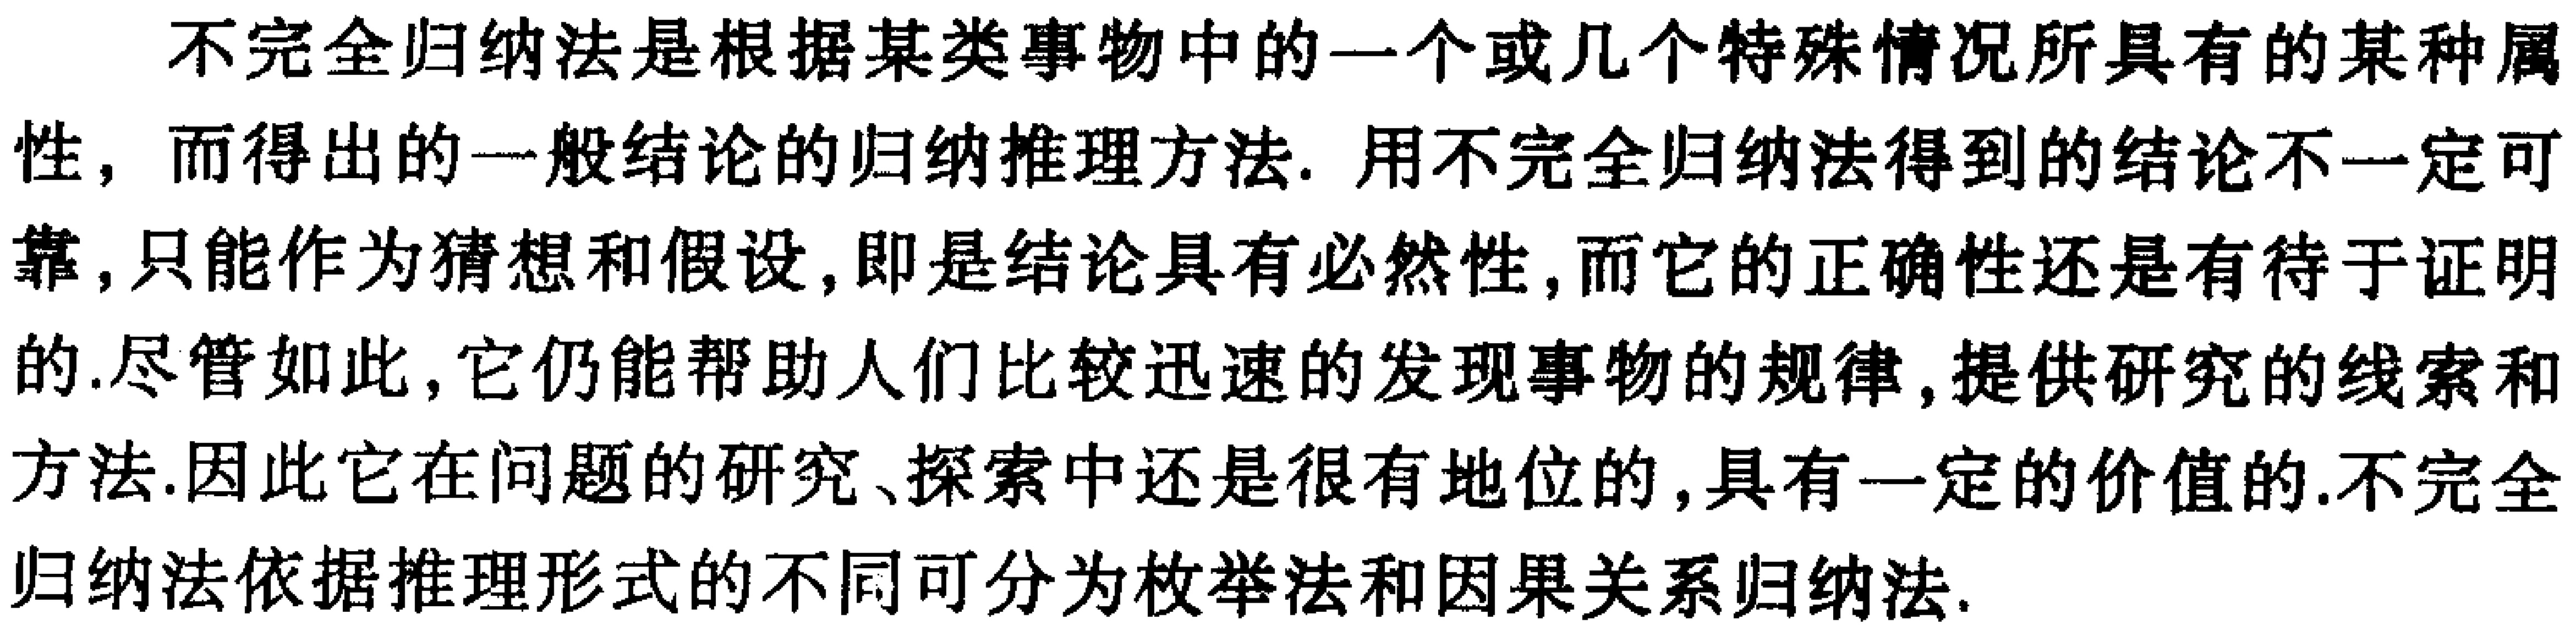
不完全归纳法是根据某类事物中的一个或几个特殊情况所具有的某种属性，而得出的一般结论的归纳推理方法. 用不完全归纳法得到的结论不一定可靠，只能作为猜想和假设，即是结论具有必然性，而它的正确性还是有待于证明的.尽管如此，它仍能帮助人们比较迅速的发现事物的规律，提供研究的线索和方法.因此它在问题的研究、探索中还是很有地位的，具有一定的价值的.不完全归纳法依据推理形式的不同可分为枚举法和因果关系归纳法.